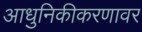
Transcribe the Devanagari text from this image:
आधुनिकीकरणावर